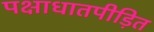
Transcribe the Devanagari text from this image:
पक्षाधातपीड़ित